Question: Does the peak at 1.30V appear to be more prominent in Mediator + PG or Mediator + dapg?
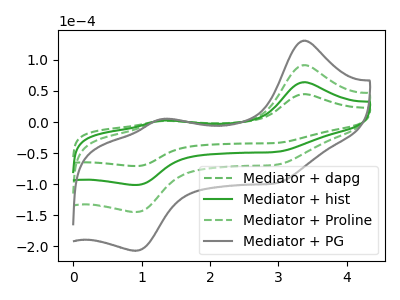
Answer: <think>The green dashed curve "Mediator + dapg" has anodic peaks at (3.35V, 44.85uA) (1.30V, 1.70uA) and cathodic peaks at (3.00V, -33.45uA) (0.90V, -71.00uA). The green curve "Mediator + hist" has anodic peaks at (3.35V, 64.15uA) (1.30V, 2.40uA) and cathodic peaks at (3.00V, -47.80uA) (0.90V, -101.50uA). The green dashed curve "Mediator + Proline" has anodic peaks at (3.35V, 128.25uA) (1.30V, 4.80uA) and cathodic peaks at (3.00V, -95.65uA) (0.90V, -203.00uA). The gray curve "Mediator + PG" has anodic peaks at (3.35V, 192.40uA) (1.30V, 7.20uA) and cathodic peaks at (3.00V, -143.45uA) (0.90V, -304.50uA).</think>
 <answer>The peak at 1.30V is higher in "Mediator + PG" than in "Mediator + dapg".</answer>
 <eval>higher</eval>